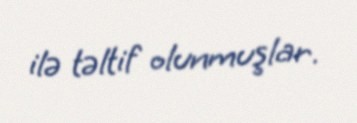
ilə təltif olunmuşlar.